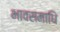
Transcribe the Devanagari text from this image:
भावसमाधि